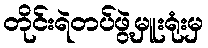
တိုင်းရဲတပ်ဖွဲ့မှူးရုံးမှ